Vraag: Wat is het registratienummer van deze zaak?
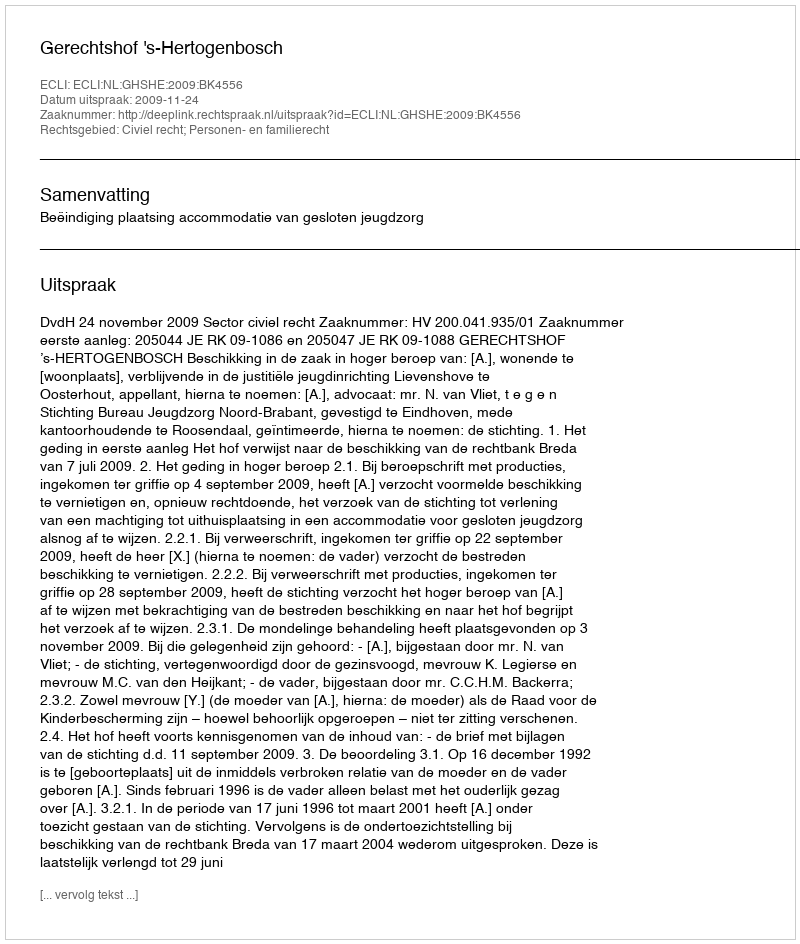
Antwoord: http://deeplink.rechtspraak.nl/uitspraak?id=ECLI:NL:GHSHE:2009:BK4556